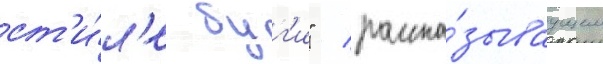
ст'и́л'е буг'и" / расска́зываущем